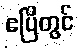
ဧပြီတွင်